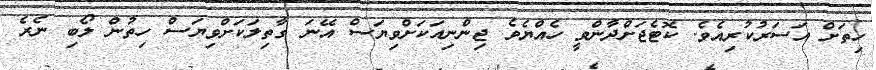
ހިތަށް އަސަރުކުރިއެވެ. ކޮޓެޖަށްދާންވީ ހެއްޔެވެ ޖިންނިއަކަށްވިޔަސް އޭނަ ގާތިލަކަށްވިޔަސް ހިތުން ލޯބި ނެރެ